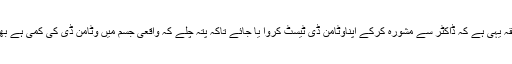
بہتر طریقہ یہی ہے کہ ڈاکٹر سے مشورہ کرکے اپناوٹامن ڈی ٹیسٹ کروا یا جائے تاکہ پتہ چلے کہ واقعی جسم میں وٹامن ڈی کی کمی ہے بھی یانہیں۔